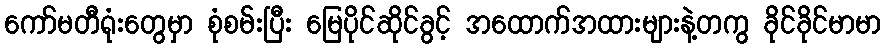
ကော်မတီရုံးတွေမှာ စုံစမ်းပြီး မြေပိုင်ဆိုင်ခွင့် အထောက်အထားများနဲ့တကွ ခိုင်ခိုင်မာမာ